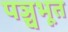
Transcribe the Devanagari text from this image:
पञ्चभूत